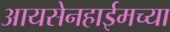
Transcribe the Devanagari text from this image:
आयसेनहाईमच्या